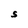
Character: S